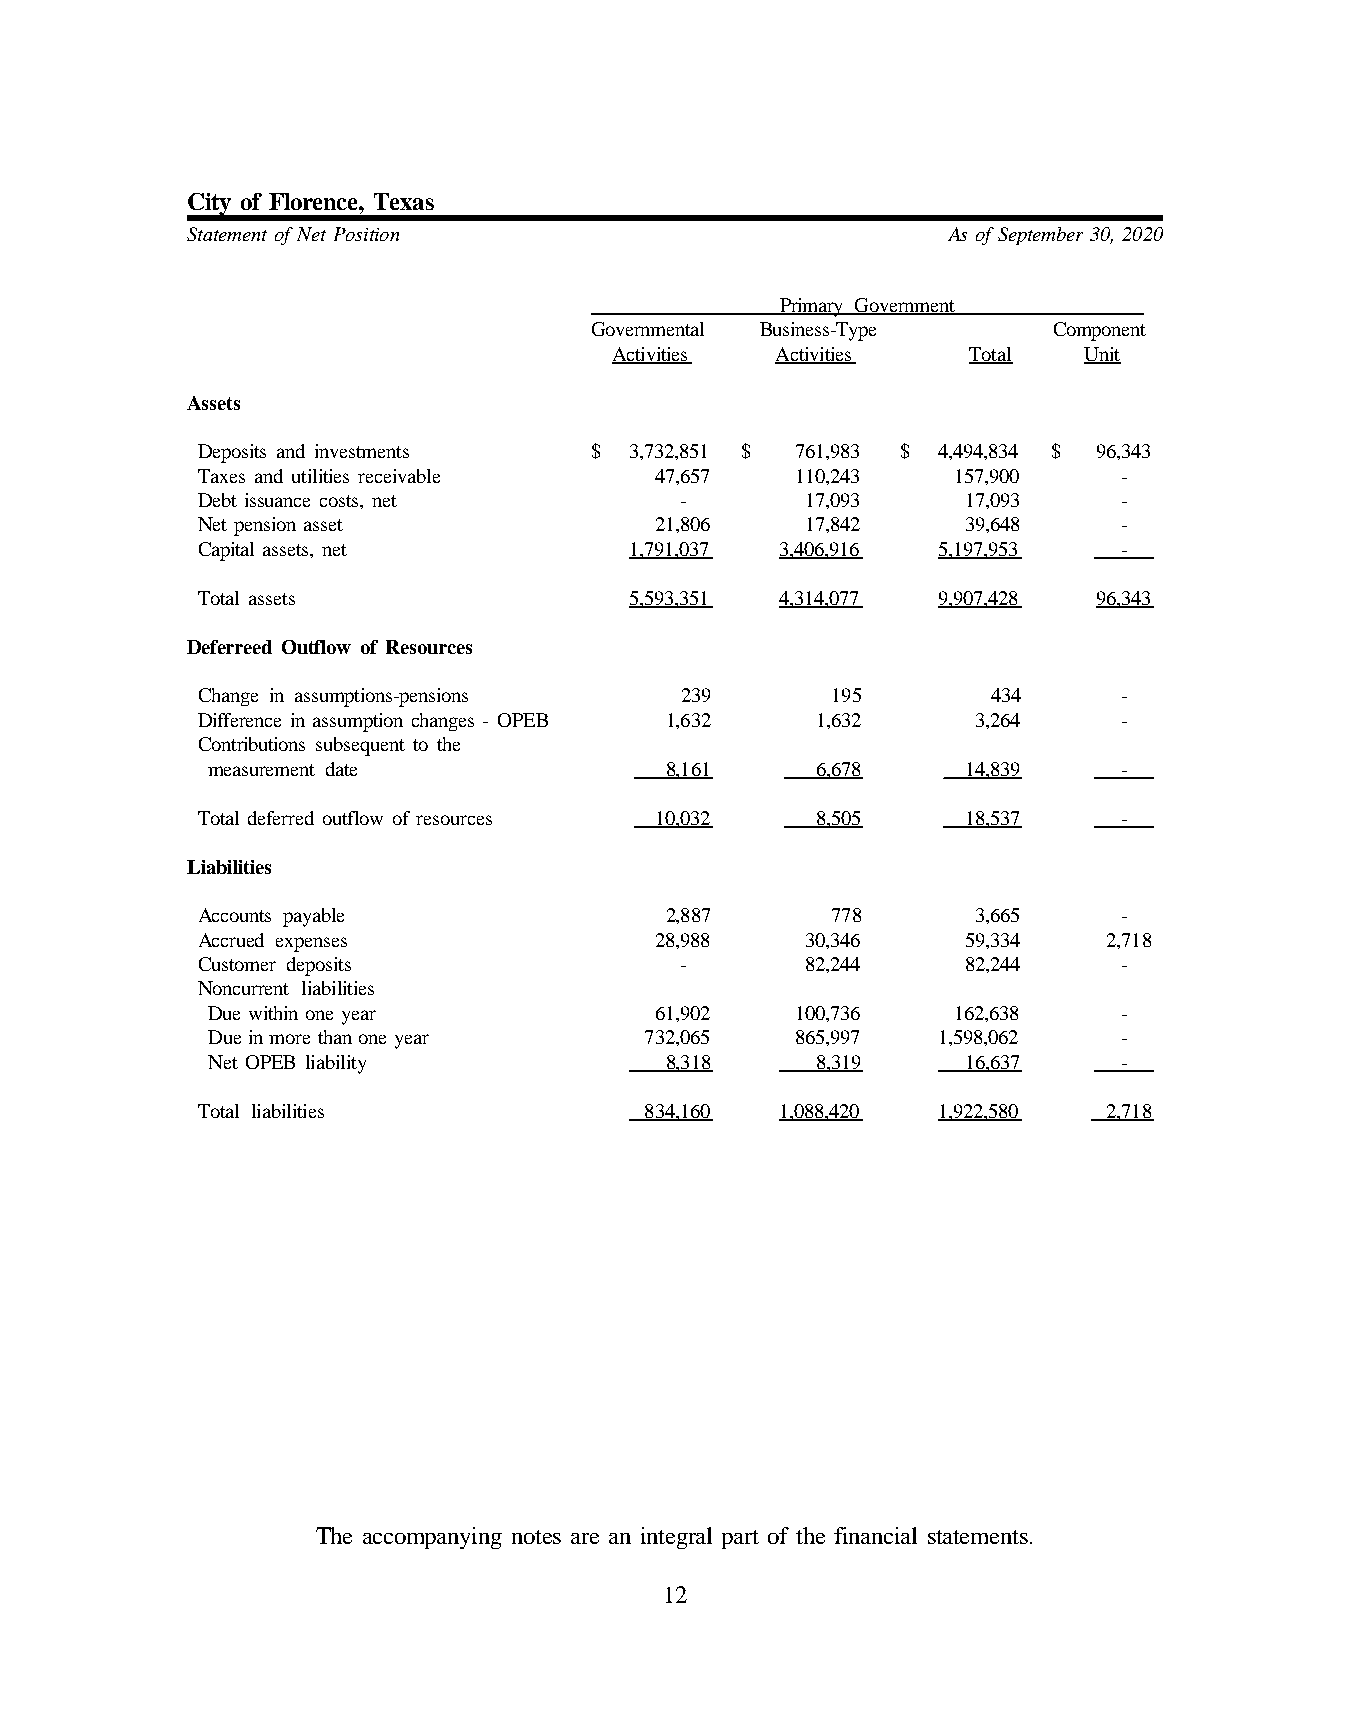
City of Florence, Texas
 Statement of Net Position                          As of September 30, 2020
 Primary Government
 Governmental Business-Type     Component
 Activities Activities   Total   Unit
 Assets
 Deposits and investments  $  3,732,851 $ 761,983 $ 4,494,834 $ 96,343
 Taxes and utilities receivable 47,657   110,243   157,900    -
 Debt issuance costs, net        -       17,093     17,093    -
 Net pension asset             21,806    17,842     39,648    -
 Capital assets, net          1,791,037 3,406,916 5,197,953   -
 Total assets                 5,593,351 4,314,077 9,907,428  96,343
 Deferreed Outflow of Resources
 Change in assumptions-pensions  239       195        434     -
 Difference in assumption changes - OPEB 1,632 1,632 3,264    -
 Contributions subsequent to the
 measurement date              8,161     6,678     14,839    -
 Total deferred outflow of resources 10,032 8,505   18,537    -
 Liabilities
 Accounts payable               2,887      778       3,665    -
 Accrued expenses              28,988    30,346     59,334   2,718
 Customer deposits               -       82,244     82,244    -
 Noncurrent liabilities
 Due within one year          61,902    100,736   162,638    -
 Due in more than one year    732,065   865,997  1,598,062   -
 Net OPEB liability            8,318     8,319     16,637    -
 Total liabilities             834,160  1,088,420 1,922,580  2,718
 The accompanying notes are an integral part of the financial statements.
 12